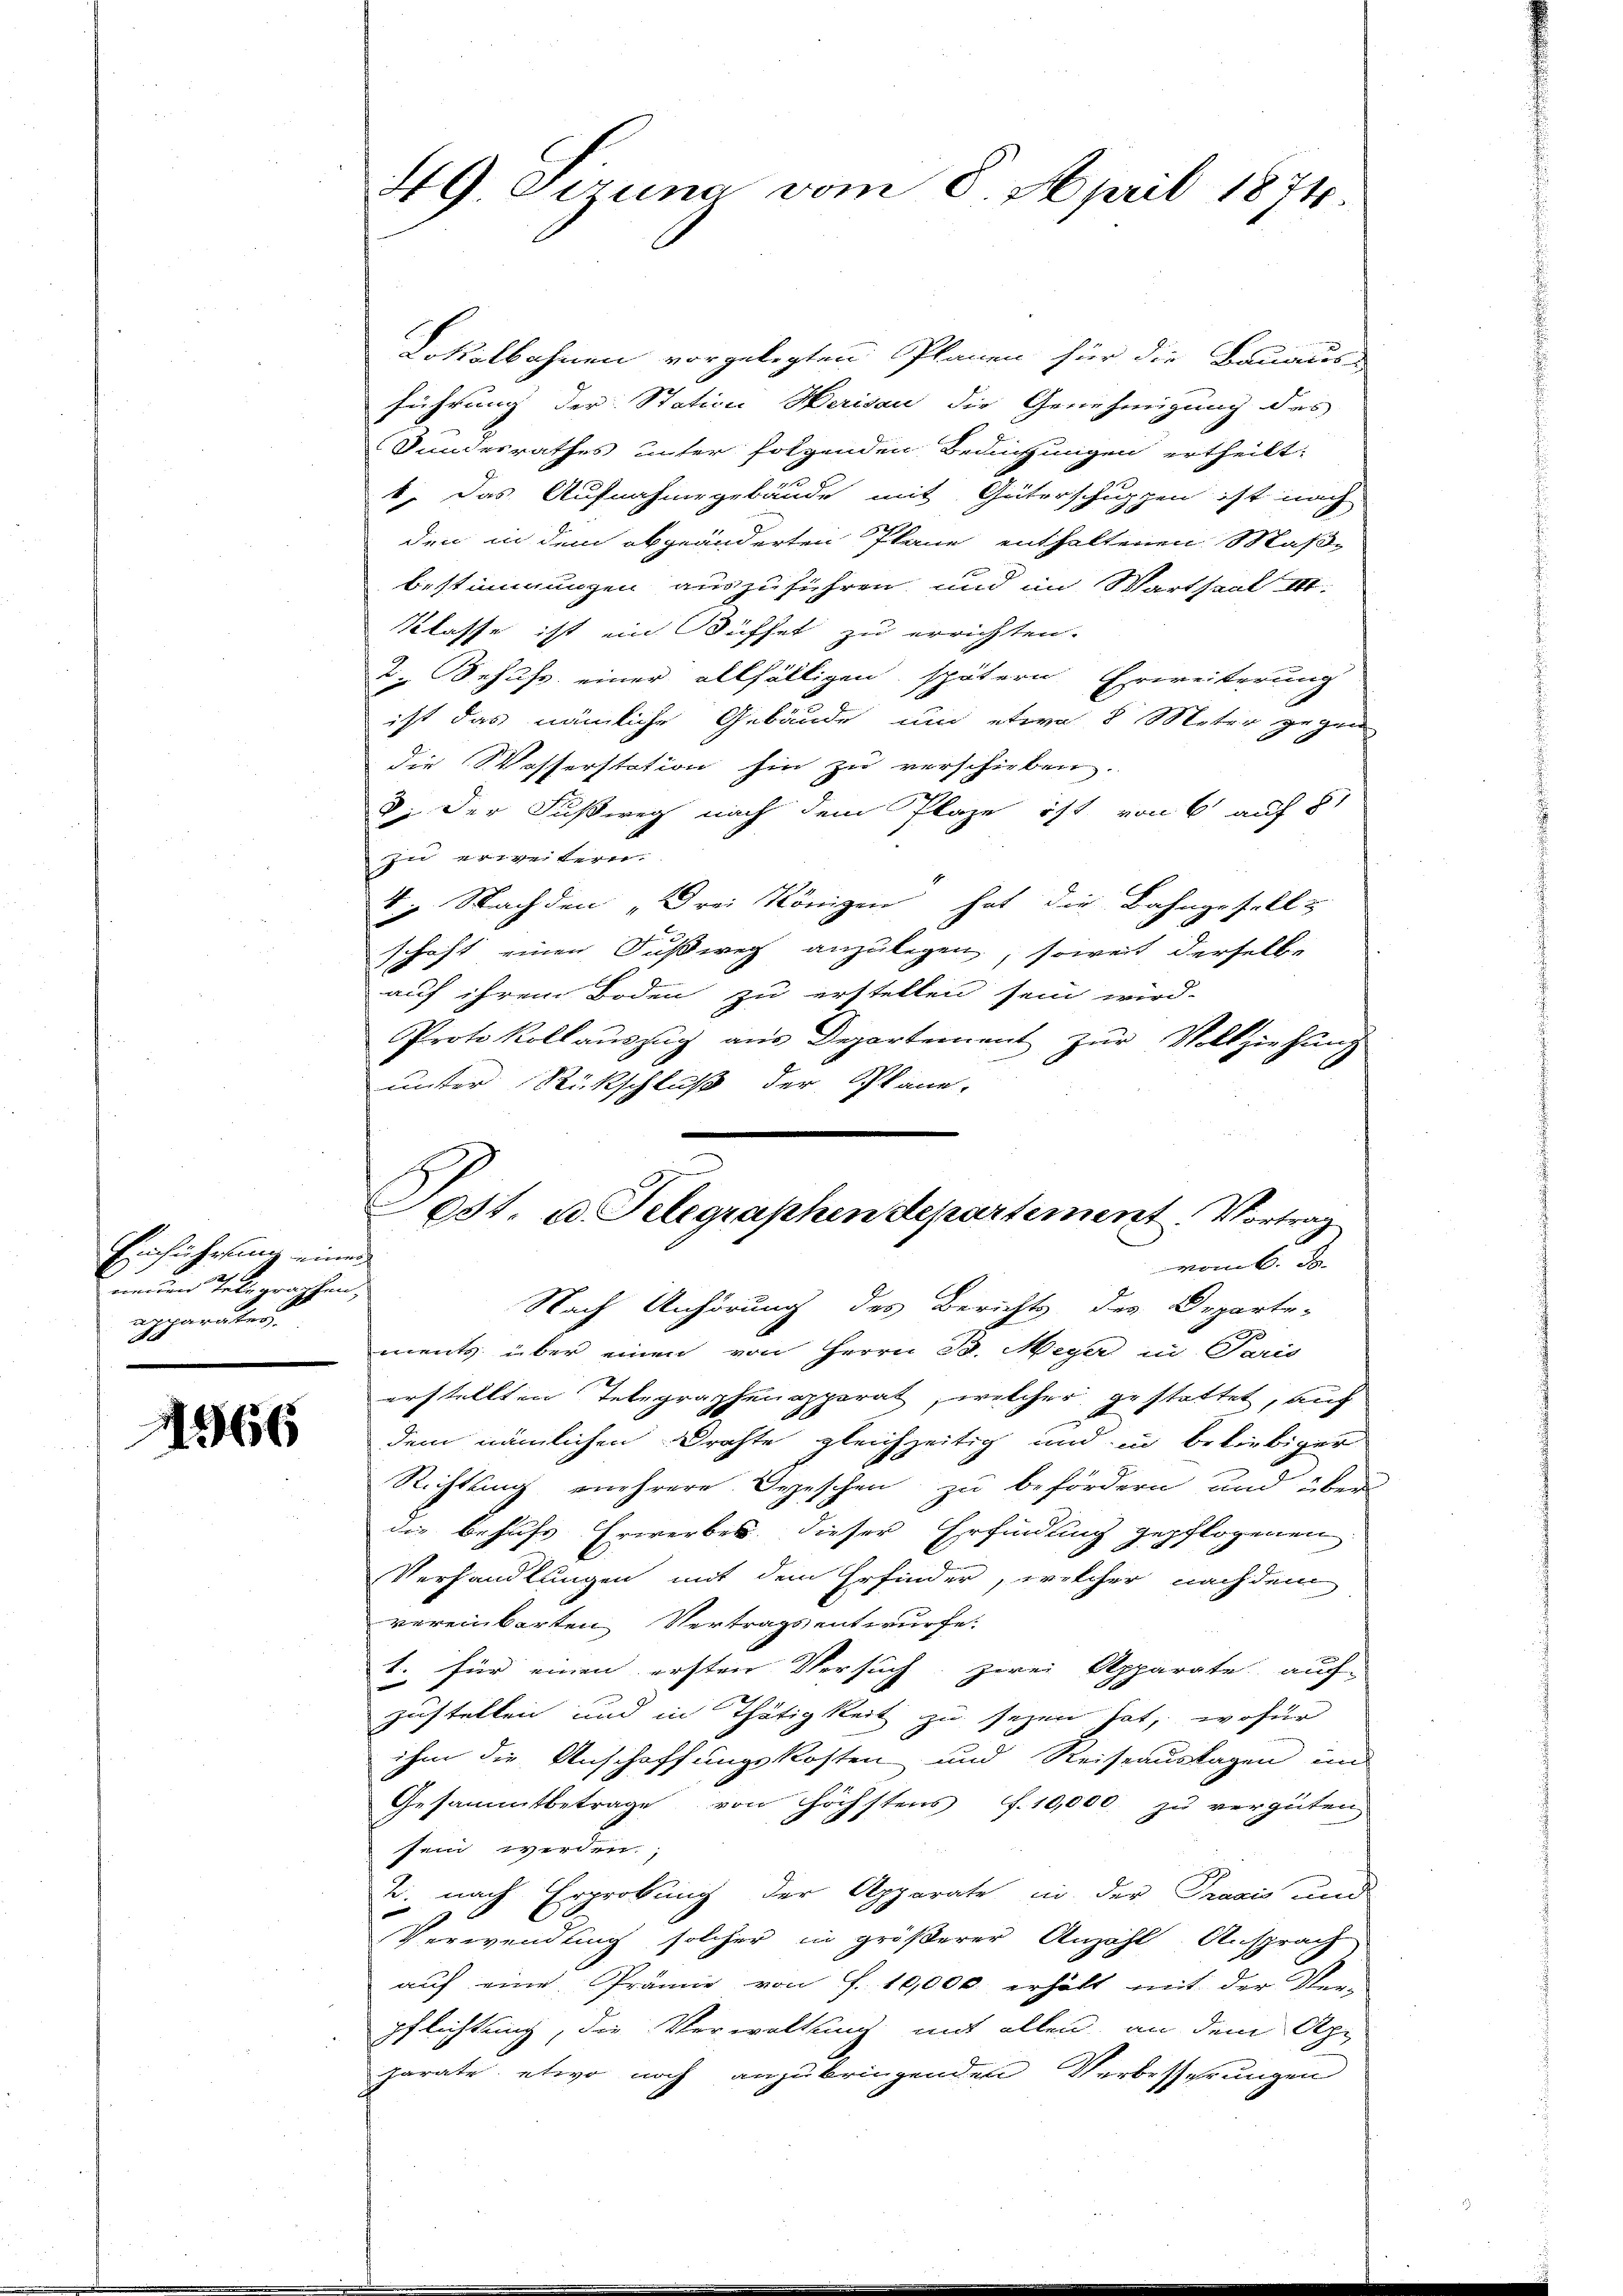
Einführung einen
neuen Telegraphen,
apparates.

11966

49 Sirung vom 8. April 1874

Lokalbahnen vorgelegten Planen für die Bauaus-
führung der Station Herisau die Genehmigung des
Sunerrathes unter folgenden Bedingungen ertheilt,
6. Das Aufnahmegebäude mit Güterschuppen ist nach
den in dem abgeänderten Plane enthaltenen Maß-
bestimmungen auszuführen, und im Wartsaal II.
Klasse ist ein Süffet zu errichten.
2. Behufs einer allfälligen spätern Erweiterung
ist das nämliche Gebäude um etwa 8 Meter gegen
die Wasserstation hin zu verschieben.
3. Der Fußweg nach dem Plaze ist von 6 auf 81
zu erweiteren.
V. g. Nachden „Drei Königen hat die Bahngesell &
schaft einen Fußweg anzulegen, soweit derselbe
auf ihrem Boden zu erstellen sein wird.
Protokollauszug aus Departement zur Vollziehung
unter Rückschluß der Pläne,

651. d. Telegraphen departement. Vortrag
¬

Nach Anhörung des Berichts des Departe-
ments über einen von Herrn Se. Meyer in Paris
erstellten Telegraphenapporat, welcher gestattet, auf
dem nämlichen Drahte gleichzeitig und in beliebiger
Richtung mehrere Depeschen zu befördern und über
die behufs Erwerbes dieser Erfindung gepflogenen
Verhandlungen mit dem Erfinder, welcher nachdem
vereinbarten Vertragsentwurfe.
x
1. für einen ersten Versuch, zwei Apparate auf
zustellen und in Thätigkeit zu seyen hat, wofür
ihm die Anschaffungskosten und Reiseauslagen im
Gesammtbetrage von höchstens f. 10,000 zu vergüten
sein werden.
2. nach Erprobung der Apparate in der Praxis und
Verwendung solcher in größerer Anzahl Ansprach
auf eine Prämie von S. 10,000 erhält mit der Ver-
pflichtung, die Verwaltung mit allen, an dem Apparate etwa noch anzubringenden Verbesserungen